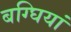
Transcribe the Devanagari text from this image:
बग्घियां